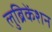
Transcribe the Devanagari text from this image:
लुब्रिकेंशन